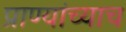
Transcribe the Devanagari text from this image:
प्राण्यांच्याच